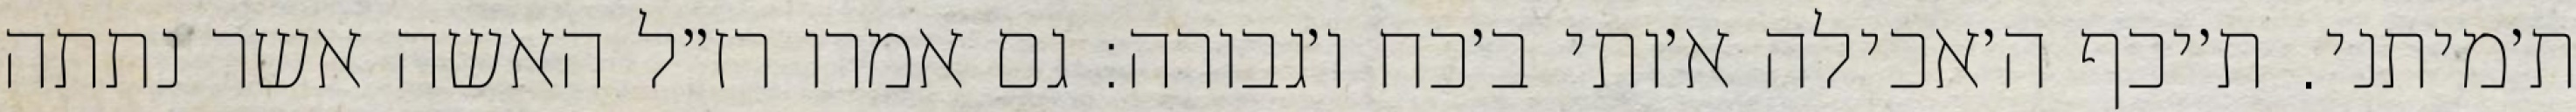
ת׳מיתני. ת׳יכף ה׳אכילה א׳ותי ב׳כח ו׳גבורה: גם אמרו רז״ל האשה אשר נתתה